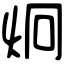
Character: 炯